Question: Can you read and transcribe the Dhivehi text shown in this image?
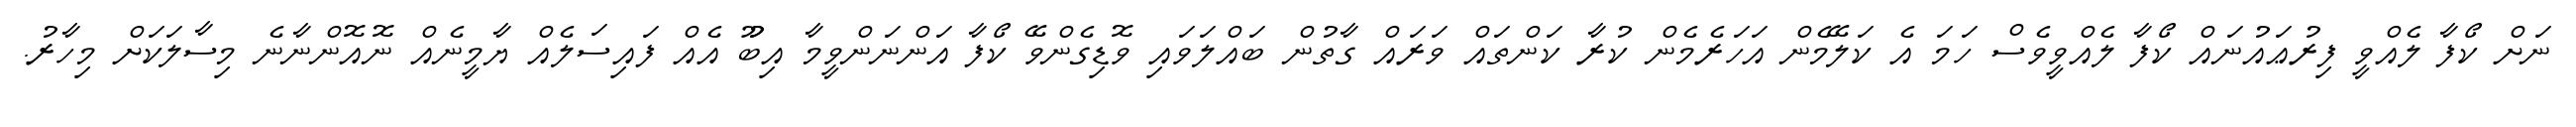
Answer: ނަށް ކޯފާ ލެއްވީ ފިރުޢައުނައް ކޯފާ ލެއްވީވެސް ހަމަ އެ ކަލޭމެން އަހަރެމެން ކުރާ ކަންތައް ވަރައް ގާތުން ބައްލަވައި ވޮޑިގެންވޭ ކޯފާ އަންނަންވީމާ އިބޫު އެއް ފައިސަލެއް ޔާމީނެއް ނޮއޮންނާނެ މިސާލަކަށް މިހާރު.